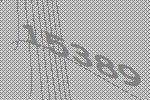
15389